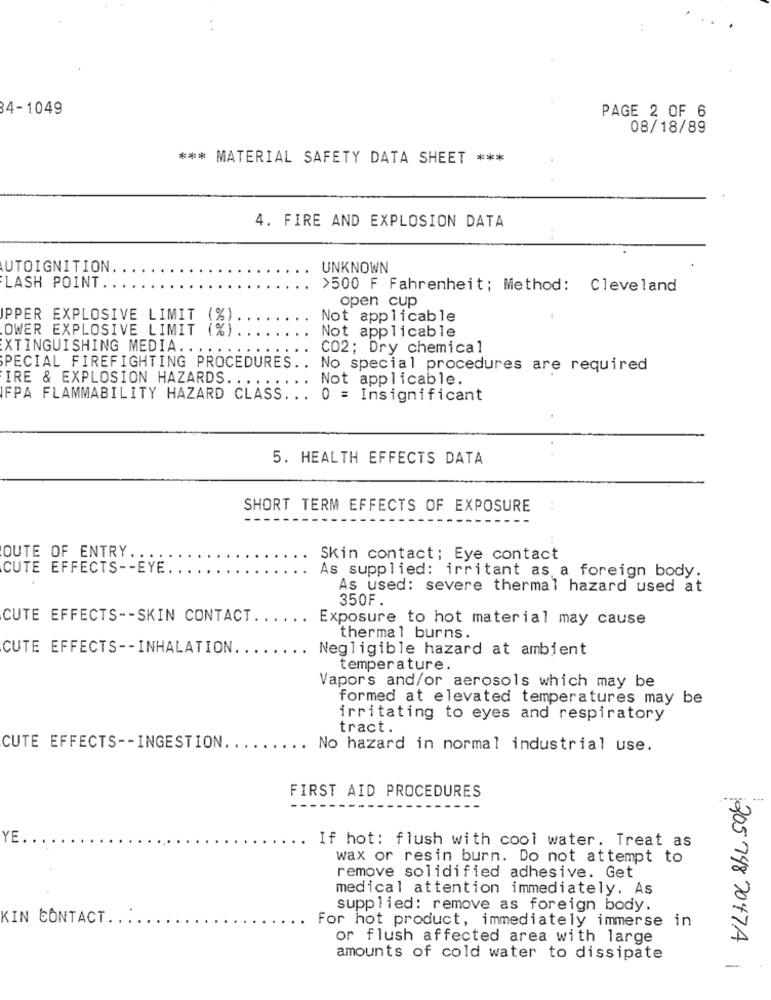
. .
84-1049
PAGE 2 OF 6
08/18/89
*** MATERIAL SAFETY DATA SHEET ***
4. FIRE AND EXPLOSION DATA
UTOIGNITION.
UNKNOWN
FLASH POINT
>500 F Fahrenheit; Method: Cleveland
open cup
PPER EXPLOSIVE LIMIT (%)
Not applicable
OWER EXPLOSIVE LIMIT (%)
Not applicable
EXTINGUISHING MEDIA ...
CO2; Dry chemical
PECIAL FIREFIGHTING PROCEDURES.
No special procedures are required
IRE & EXPLOSION HAZARDS ...
Not applicable.
FPA FLAMMABILITY HAZARD CLASS ... 0 = Insignificant
5. HEALTH EFFECTS DATA
SHORT TERM EFFECTS OF EXPOSURE
OUTE OF ENTRY.
Skin contact; Eye contact
CUTE EFFECTS -- EYE.
As supplied: irritant as a foreign body.
As used: severe thermal hazard used at
350F.
CUTE EFFECTS -- SKIN CONTACT ....
.. Exposure to hot material may cause
thermal burns.
CUTE EFFECTS -- INHALATION ..
Negligible hazard at ambient
temperature.
Vapors and/or aerosols which may be
formed at elevated temperatures may be
irritating to eyes and respiratory
tract.
CUTE EFFECTS -- INGESTION.
No hazard in normal industrial use.
FIRST AID PROCEDURES
YE ..
If hot: flush with cool water. Treat as
wax or resin burn. Do not attempt to
remove solidified adhesive. Get
medical attention immediately. As
supplied: remove as foreign body.
KIN CONTACT ...
For hot product, immediately immerse in
or flush affected area with large
amounts of cold water to dissipate
305748 2047A
-